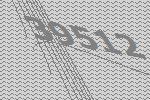
39512